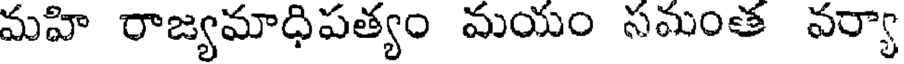
మహి రాజ్యమాధిపత్యం మయం సమంత వర్యా